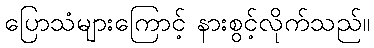
ပြောသံများကြောင့် နားစွင့်လိုက်သည်။